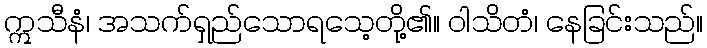
ဣသီနံ၊ အသက်ရှည်သောရသေ့တို့၏။ ဝါသိတံ၊ နေခြင်းသည်။